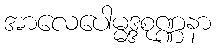
အာလေပေါမ္မဒ္ဒစုဏ္ဏနာ